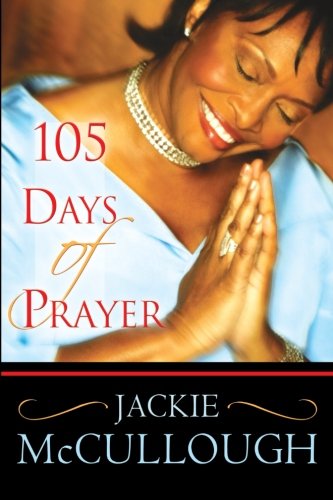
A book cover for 105 Days of Prayer; Jackie McCullough; Religion & Spirituality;